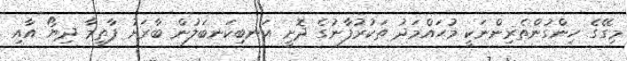
މިގޭގެ ހިންގުންތެރިންނަކީ މުޙައްމަދު ތަކުރުފާނުގެ ދޮށީ އަނބިކަނބަލުން ބާރަށު ފާތިމާ ދިޔޯ އާއި